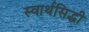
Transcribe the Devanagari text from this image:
स्वार्थसिद्धी